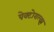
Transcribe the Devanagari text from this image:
पेक्टोराल्झ